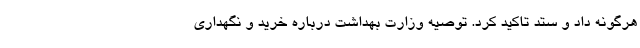
هرگونه داد و ستد تاکید کرد. توصیه وزارت بهداشت درباره خرید و نگهداری